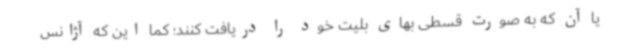
یا آن که به صورت قسطی بهای بلیت خود را دریافت کنند؛ کما این که آژانس